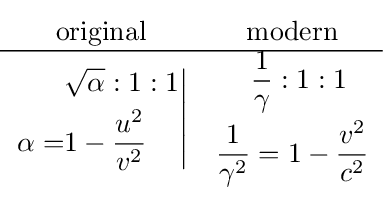
{\begin{matrix}{\text{original}}&{\text{modern}}\\\hline \left.{\begin{aligned}&{\sqrt {\alpha }}:1:1\\\alpha =&1-{\frac {u^{2}}{v^{2}}}\end{aligned}}\right|&{\begin{aligned}&{\frac {1}{\gamma }}:1:1\\{\frac {1}{\gamma ^{2}}}&=1-{\frac {v^{2}}{c^{2}}}\end{aligned}}\end{matrix}}